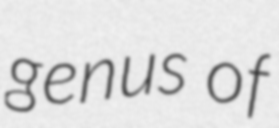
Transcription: genus of